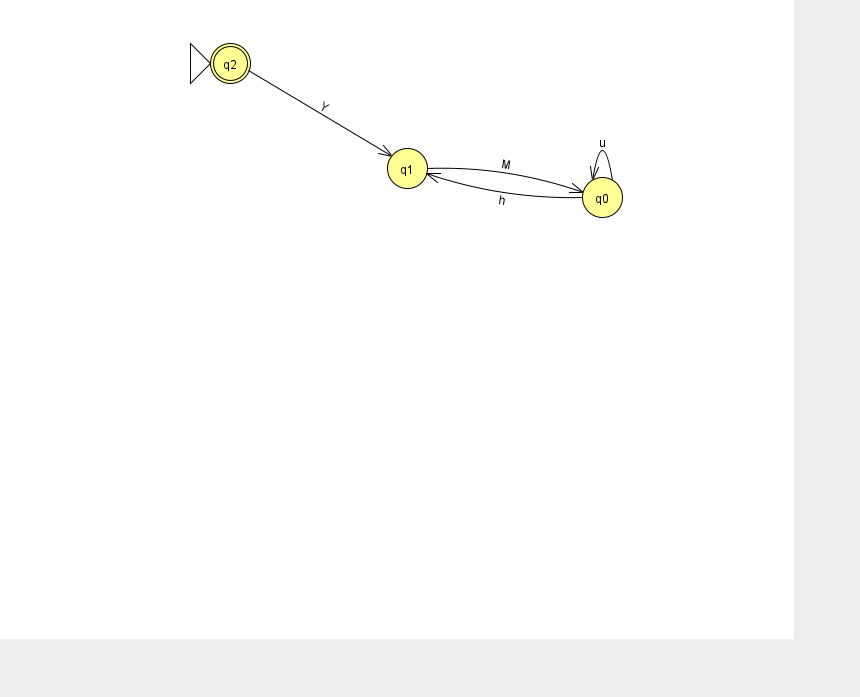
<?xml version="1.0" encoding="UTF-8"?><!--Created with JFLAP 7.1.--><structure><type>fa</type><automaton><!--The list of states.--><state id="0" name="q0"><x>602.0</x><y>184.0</y></state><state id="1" name="q1"><x>407.0</x><y>155.0</y></state><state id="2" name="q2"><x>230.0</x><y>50.0</y><initial/><final/></state><!--The list of transitions.--><transition><from>0</from><to>0</to><read>u</read></transition><transition><from>2</from><to>1</to><read>Y</read></transition><transition><from>1</from><to>0</to><read>M</read></transition><transition><from>0</from><to>1</to><read>h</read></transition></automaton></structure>